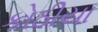
કોઠીયા